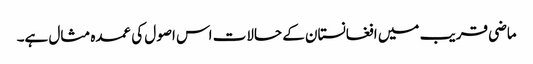
ماضی قریب میں افغانستان کے حالات اس اصول کی عمدہ مثال ہے۔